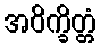
အဝိက္ခိတ္တံ